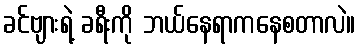
ခင်ဗျားရဲ့ ခရီးကို ဘယ်နေရာကနေစတာလဲ။